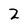
Character: 2